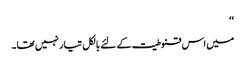
‘‘
میں اس قنوطیت کے لئے بالکل تیار نہیں تھا۔